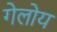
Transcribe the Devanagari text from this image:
गेलोय